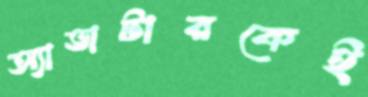
অ্যাভাটারকেই